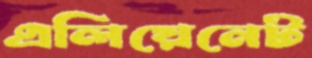
এলিয়েনেট